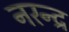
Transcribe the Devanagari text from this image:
नरन्द्र